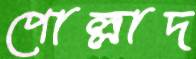
পোল্লাদ